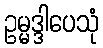
ဥမ္မဒ္ဒါပေသုံ